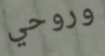
وروحي